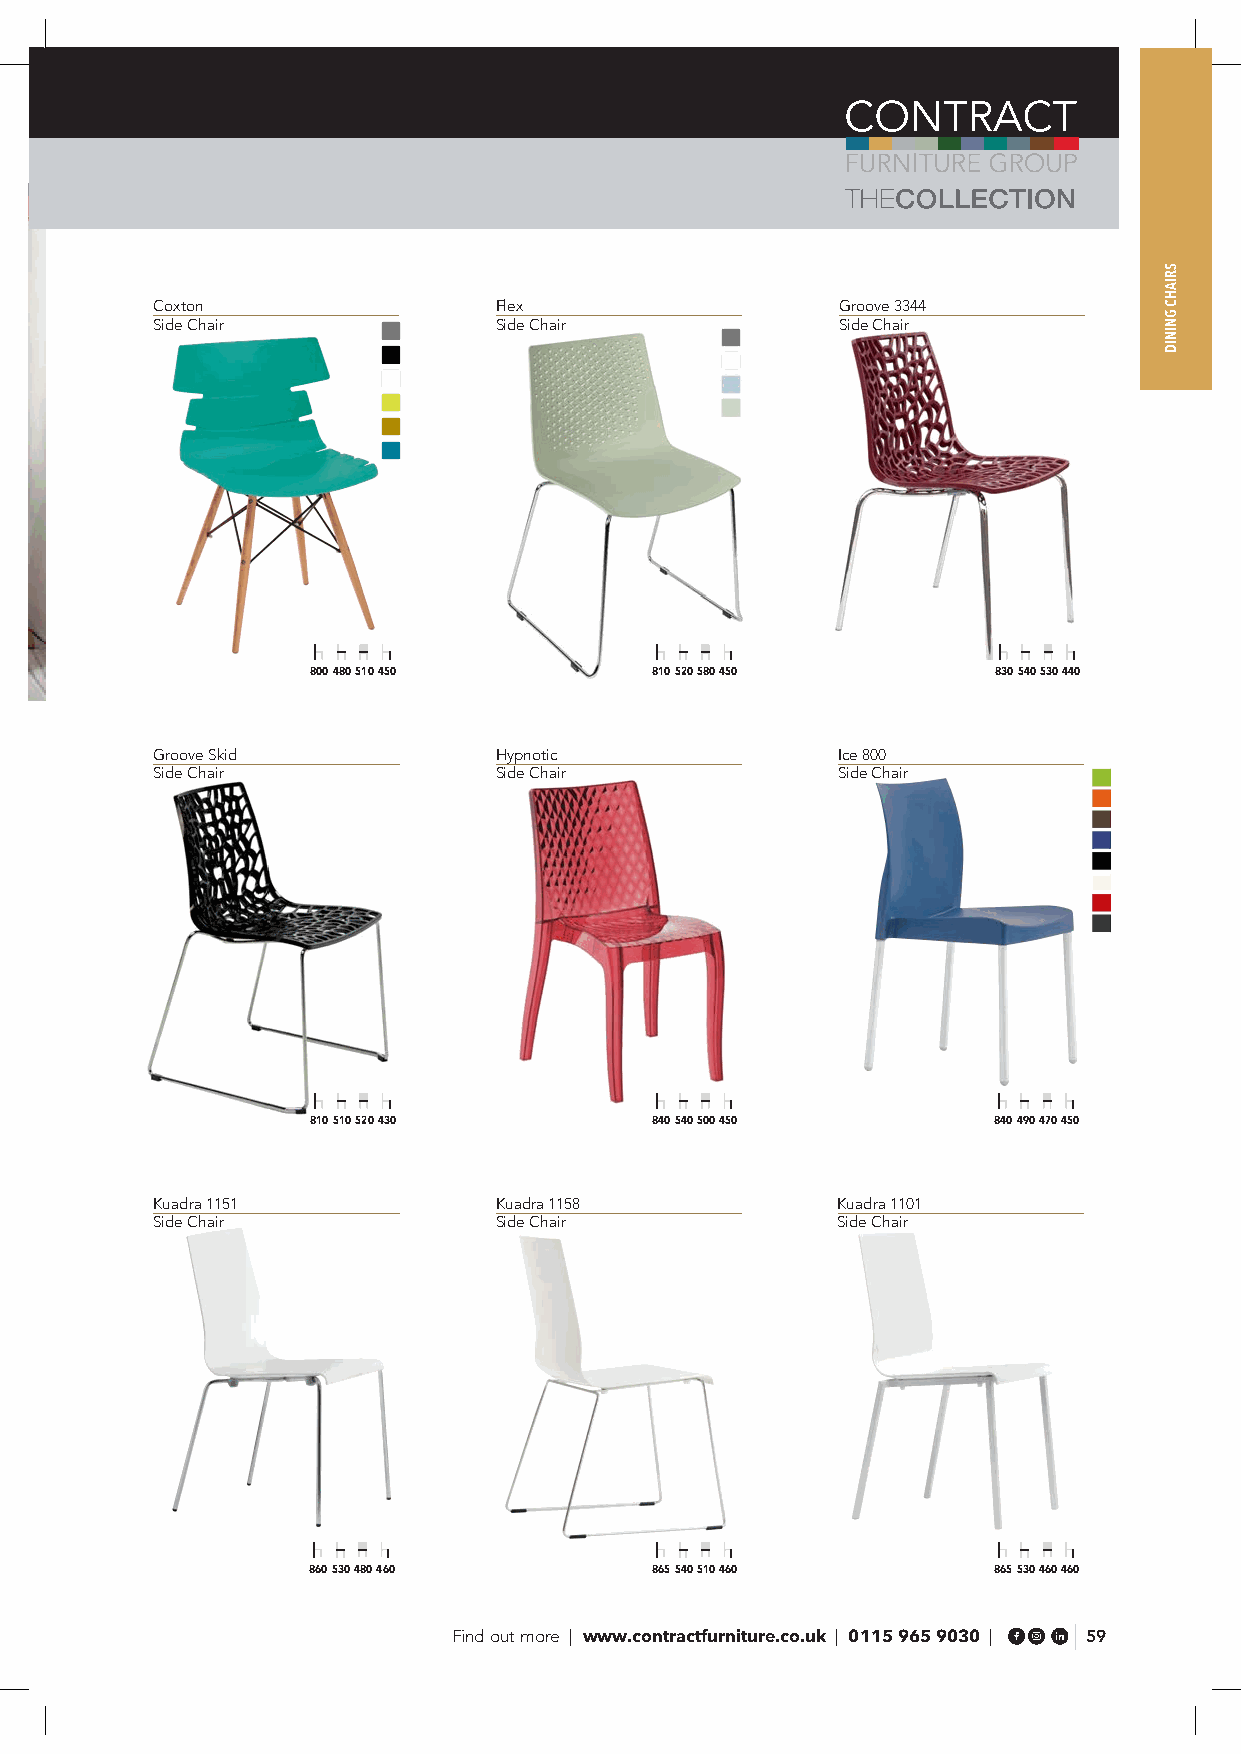
Coxton                 Flex                  Groove 3344
 Side Chair             Side Chair            Side Chair
 800 480 510 450       810 520 580 450        830 540 530 440
 Groove Skid            Hypnotic              Ice 800
 Side Chair             Side Chair            Side Chair
 810 510 520 430       840 540 500 450        840 490 470 450
 Kuadra 1151            Kuadra 1158           Kuadra 1101
 Side Chair             Side Chair            Side Chair
 860 530 480 460        865 540 510 460        865 530 460 460
 Find out more | www.contractfurniture.co.uk | 0115 965 9030 | 59
 SRIAHC
 GNINID